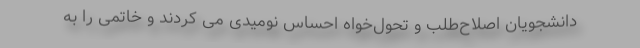
دانشجویان اصلاح‌طلب و تحول‌خواه احساس نومیدی می کردند و خاتمی را به